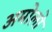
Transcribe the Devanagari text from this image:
अमोलो